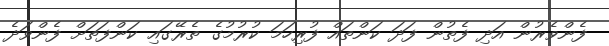
ފެންވެރުން އަދި ފެތުން ފަދަ ކަންތައް ފުރިހަމަ ކުރުމުގެ ތެރޭގައި ކަންފަތަށް ފެންވަދެ